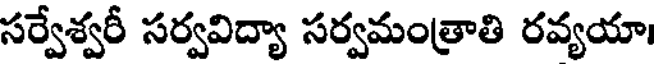
సర్వేశ్వరీ సర్వవిద్యా సర్వమంత్రాతి రవ్యయా।